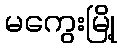
မကွေးမြို့